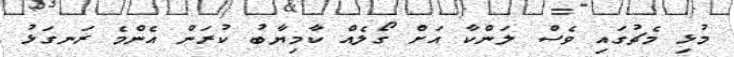
މުޅި މެޗުގައި ވެސް ލަންކާ އަށް ގޯލެއް ކާމިޔާބު ކުރަން އެންމެ ރަނގަޅު